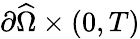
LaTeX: {\partial\widehat\Omega}\times(0,T)